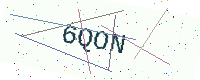
Text: 6QON